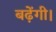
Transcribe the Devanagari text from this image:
बढ़ेंगी।